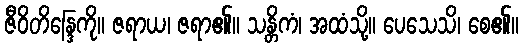
ဇီဝိတိန္ဒြေကို။ ဇရာယ၊ ဇရာ၏။ သန္တိကံ၊ အထံသို့။ ပေသေသိ၊ စေ၏။